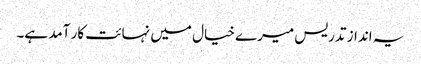
یہ انداز تدریس میرے خیال میں نہائت کار آمد ہے۔